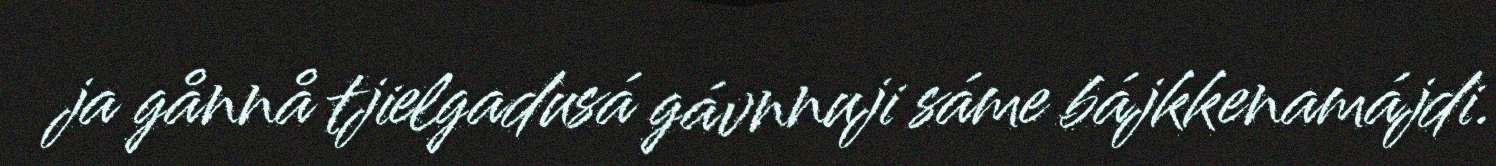
ja gånnå tjielgadusá gávnnuji sáme bájkkenamájdi.